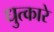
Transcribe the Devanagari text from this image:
धुत्कारे